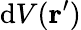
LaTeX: \mathrm{d}V(\mathbf{{r}}^{\prime})